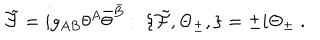
{ \tilde { \cal F } } = i g _ { A B } \theta ^ { A } { \bar { \theta } } ^ { \bar { B } } : \; \{ { \tilde { \cal F } } , \Theta _ { \pm } , \} = \pm i \Theta _ { \pm } \; .